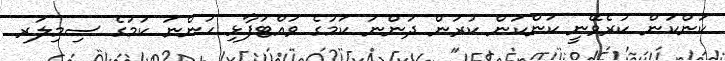
ކަންކަން ކުރެވޭނީ ކަންކަން ކުރަން ދަންނަ ކަމުގެ ވައްޓަފާޅި ހުންނަ ކަމުގެ ސިމިލަރ